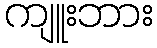
ကျူးဘား